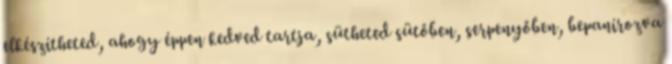
elkészítheted, ahogy éppen kedved tartja, sütheted sütőben, serpenyőben, bepanírozva